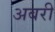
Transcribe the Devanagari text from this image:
अबरी